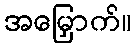
အမြှောက်။